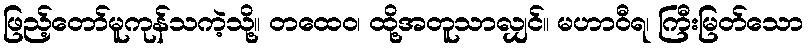
ဖြည့်တော်မူကုန်သကဲ့သို့။ တထေဝ၊ ထို့အတူသာလျှင်။ မဟာဝီရ၊ ကြီးမြတ်သော